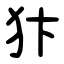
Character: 犿